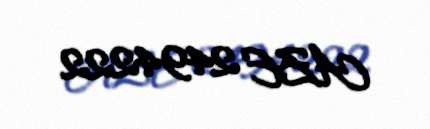
AZE 2494222